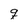
Character: q